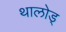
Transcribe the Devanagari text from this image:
थालोड्